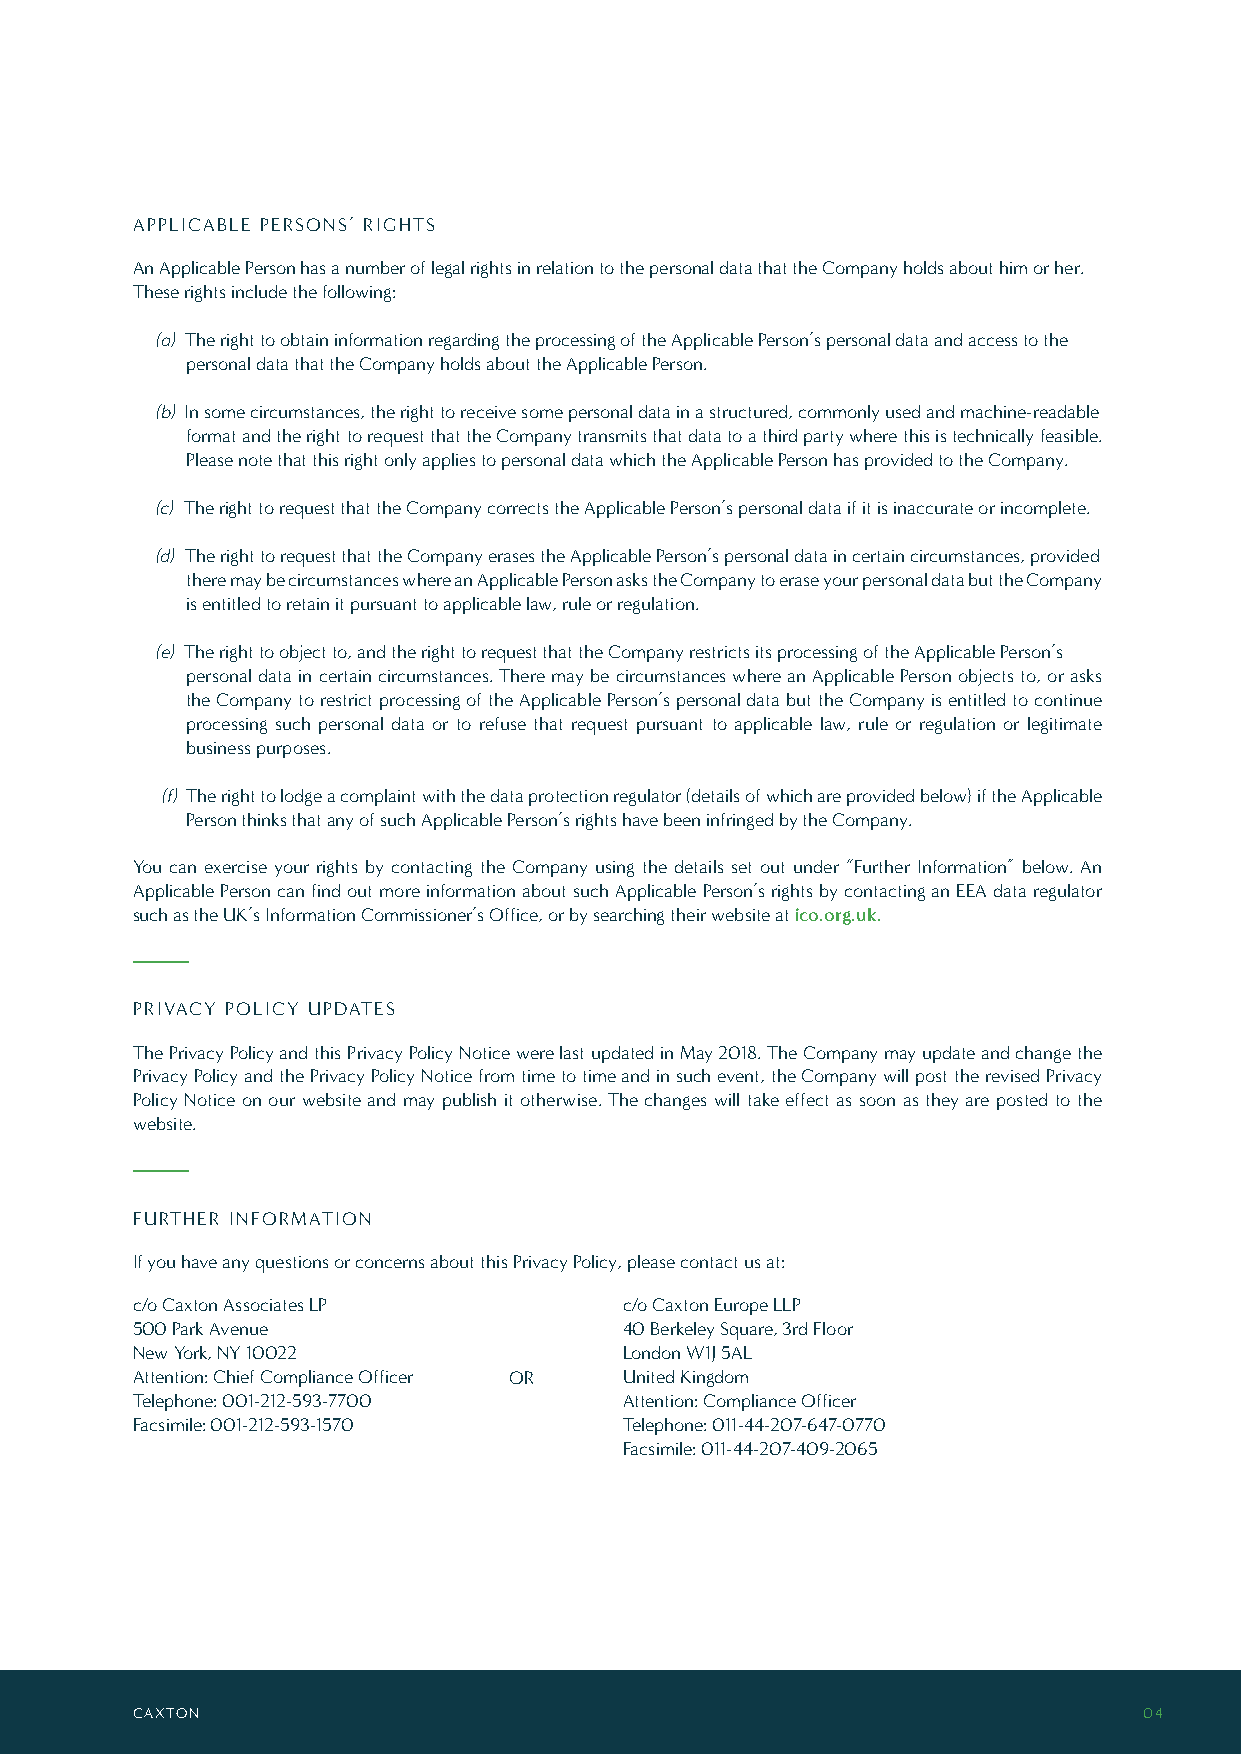
APPLICABLE PERSONS’ RIGHTS
 An Applicable Person has a number of legal rights in relation to the personal data that the Company holds about him or her.
 These rights include the following:
 (a) The right to obtain information regarding the processing of the Applicable Person’s personal data and access to the
 personal data that the Company holds about the Applicable Person.
 (b) In some circumstances, the right to receive some personal data in a structured, commonly used and machine-readable
 format and the right to request that the Company transmits that data to a third party where this is technically feasible.
 Please note that this right only applies to personal data which the Applicable Person has provided to the Company.
 (c) The right to request that the Company corrects the Applicable Person’s personal data if it is inaccurate or incomplete.
 (d) The right to request that the Company erases the Applicable Person’s personal data in certain circumstances, provided
 there may be circumstances where an Applicable Person asks the Company to erase your personal data but the Company
 is entitled to retain it pursuant to applicable law, rule or regulation.
 (e) The right to object to, and the right to request that the Company restricts its processing of the Applicable Person’s
 personal data in certain circumstances. There may be circumstances where an Applicable Person objects to, or asks
 the Company to restrict processing of the Applicable Person’s personal data but the Company is entitled to continue
 processing such personal data or to refuse that request pursuant to applicable law, rule or regulation or legitimate
 business purposes.
 (f) The right to lodge a complaint with the data protection regulator (details of which are provided below) if the Applicable
 Person thinks that any of such Applicable Person’s rights have been infringed by the Company.
 You can exercise your rights by contacting the Company using the details set out under “Further Information” below. An
 Applicable Person can find out more information about such Applicable Person’s rights by contacting an EEA data regulator
 such as the UK’s Information Commissioner’s Office, or by searching their website at ico.org.uk.
 PRIVACY POLICY UPDATES
 The Privacy Policy and this Privacy Policy Notice were last updated in May 2018. The Company may update and change the
 Privacy Policy and the Privacy Policy Notice from time to time and in such event, the Company will post the revised Privacy
 Policy Notice on our website and may publish it otherwise. The changes will take effect as soon as they are posted to the
 website.
 FURTHER INFORMATION
 If you have any questions or concerns about this Privacy Policy, please contact us at:
 c/o Caxton Associates LP        c/o Caxton Europe LLP
 500 Park Avenue                 40 Berkeley Square, 3rd Floor
 New York, NY 10022              London W1J 5AL
 Attention: Chief Compliance Officer OR United Kingdom
 Telephone: 001-212-593-7700     Attention: Compliance Officer
 Facsimile: 001-212-593-1570     Telephone: 011-44-207-647-0770
 Facsimile: 011-44-207-409-2065
 CAXTON                                                             04